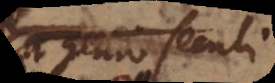
genio seculi